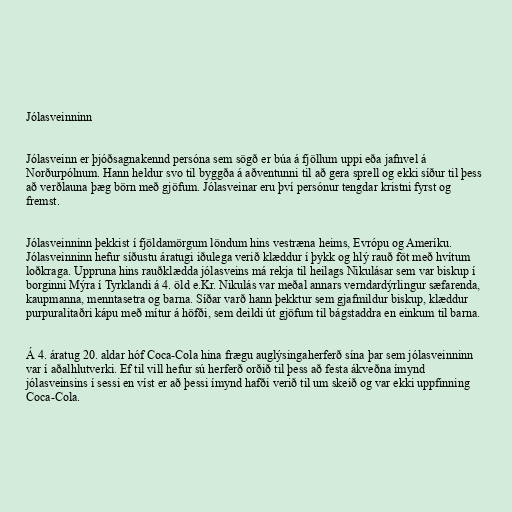
Jólasveinninn

Jólasveinn er þjóðsagnakennd persóna sem sögð er búa á fjöllum uppi eða jafnvel á
Norðurpólnum. Hann heldur svo til byggða á aðventunni til að gera sprell og ekki síður til þess
að verðlauna þæg börn með gjöfum. Jólasveinar eru því persónur tengdar kristni fyrst og
fremst.

Jólasveinninn þekkist í fjöldamörgum löndum hins vestræna heims, Evrópu og Ameríku.
Jólasveinninn hefur síðustu áratugi iðulega verið klæddur í þykk og hlý rauð föt með hvítum
loðkraga. Uppruna hins rauðklædda jólasveins má rekja til heilags Nikulásar sem var biskup í
borginni Mýra í Tyrklandi á 4. öld e.Kr. Nikulás var meðal annars verndardýrlingur sæfarenda,
kaupmanna, menntasetra og barna. Síðar varð hann þekktur sem gjafmildur biskup, klæddur
purpuralitaðri kápu með mítur á höfði, sem deildi út gjöfum til bágstaddra en einkum til barna.

Á 4. áratug 20. aldar hóf Coca-Cola hina frægu auglýsingaherferð sína þar sem jólasveinninn
var í aðalhlutverki. Ef til vill hefur sú herferð orðið til þess að festa ákveðna ímynd
jólasveinsins í sessi en víst er að þessi ímynd hafði verið til um skeið og var ekki uppfinning
Coca-Cola.